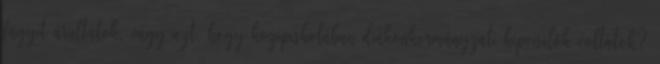
fagyit árultatok, vagy azt, hogy középiskolában diákönkormányzati képviselők voltatok?